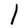
Character: l